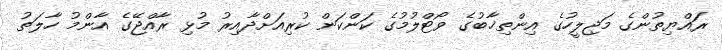
ރައްޔިތުންގެ މަޖިލީހުގެ އިންތިޚާބުގެ ވޯޓްލުމުގެ ކަންކަން ކުރިއަށްދާއިރު މުޅި ރާއްޖޭގެ އާންމު ހާލަތު